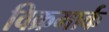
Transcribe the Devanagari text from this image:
विक्रमार्क